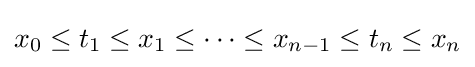
x_{0}\leq t_{1}\leq x_{1}\leq \cdots \leq x_{n-1}\leq t_{n}\leq x_{n}